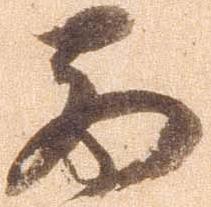
西